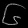
Digit: ၆